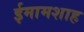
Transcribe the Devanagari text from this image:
ईमामशाह